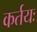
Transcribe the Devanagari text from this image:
कर्तयः